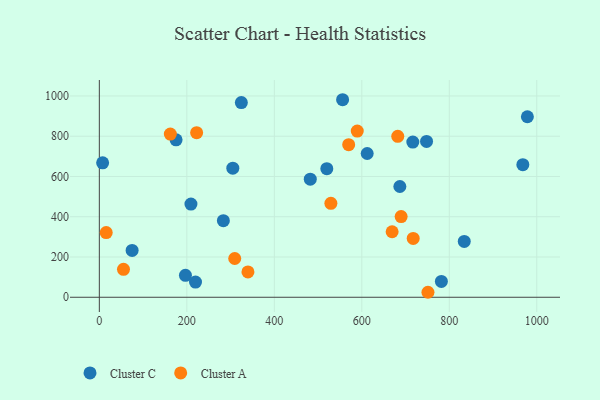
{"axis": {"x": "Engine Size", "y": "Profit"}, "legend": ["Cluster A", "Cluster C"], "data": [{"x": "968.1", "y": 658.5, "type": "Cluster C"}, {"x": "482.2", "y": 586.8, "type": "Cluster C"}, {"x": "7.5", "y": 667.6, "type": "Cluster C"}, {"x": "305.1", "y": 641.0, "type": "Cluster C"}, {"x": "175.4", "y": 781.9, "type": "Cluster C"}, {"x": "556.1", "y": 981.3, "type": "Cluster C"}, {"x": "209.4", "y": 462.8, "type": "Cluster C"}, {"x": "324.6", "y": 967.2, "type": "Cluster C"}, {"x": "196.8", "y": 109.0, "type": "Cluster C"}, {"x": "781.9", "y": 78.5, "type": "Cluster C"}, {"x": "748.0", "y": 774.0, "type": "Cluster C"}, {"x": "219.8", "y": 75.2, "type": "Cluster C"}, {"x": "283.5", "y": 380.5, "type": "Cluster C"}, {"x": "612.3", "y": 714.2, "type": "Cluster C"}, {"x": "716.6", "y": 770.9, "type": "Cluster C"}, {"x": "74.9", "y": 232.6, "type": "Cluster C"}, {"x": "687.0", "y": 550.3, "type": "Cluster C"}, {"x": "520.0", "y": 638.8, "type": "Cluster C"}, {"x": "834.2", "y": 277.5, "type": "Cluster C"}, {"x": "978.5", "y": 896.7, "type": "Cluster C"}, {"x": "309.5", "y": 192.4, "type": "Cluster A"}, {"x": "682.2", "y": 799.4, "type": "Cluster A"}, {"x": "529.3", "y": 466.6, "type": "Cluster A"}, {"x": "751.2", "y": 24.7, "type": "Cluster A"}, {"x": "15.7", "y": 321.4, "type": "Cluster A"}, {"x": "669.3", "y": 325.4, "type": "Cluster A"}, {"x": "162.3", "y": 810.7, "type": "Cluster A"}, {"x": "589.6", "y": 825.6, "type": "Cluster A"}, {"x": "570.0", "y": 758.1, "type": "Cluster A"}, {"x": "222.4", "y": 817.6, "type": "Cluster A"}, {"x": "339.7", "y": 125.9, "type": "Cluster A"}, {"x": "55.2", "y": 138.6, "type": "Cluster A"}, {"x": "689.9", "y": 400.7, "type": "Cluster A"}, {"x": "717.5", "y": 292.0, "type": "Cluster A"}]}